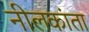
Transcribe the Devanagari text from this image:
नीलकांता